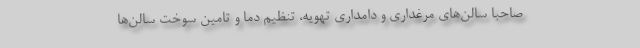
صاحبا سالن‌های مرغداری و دامداری تهویه، تنظیم دما و تامین سوخت سالن‌ها